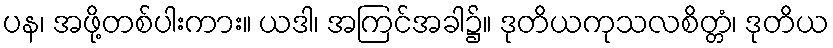
ပန၊ အဖို့တစ်ပါးကား။ ယဒါ၊ အကြင်အခါ၌။ ဒုတိယကုသလစိတ္တံ၊ ဒုတိယ